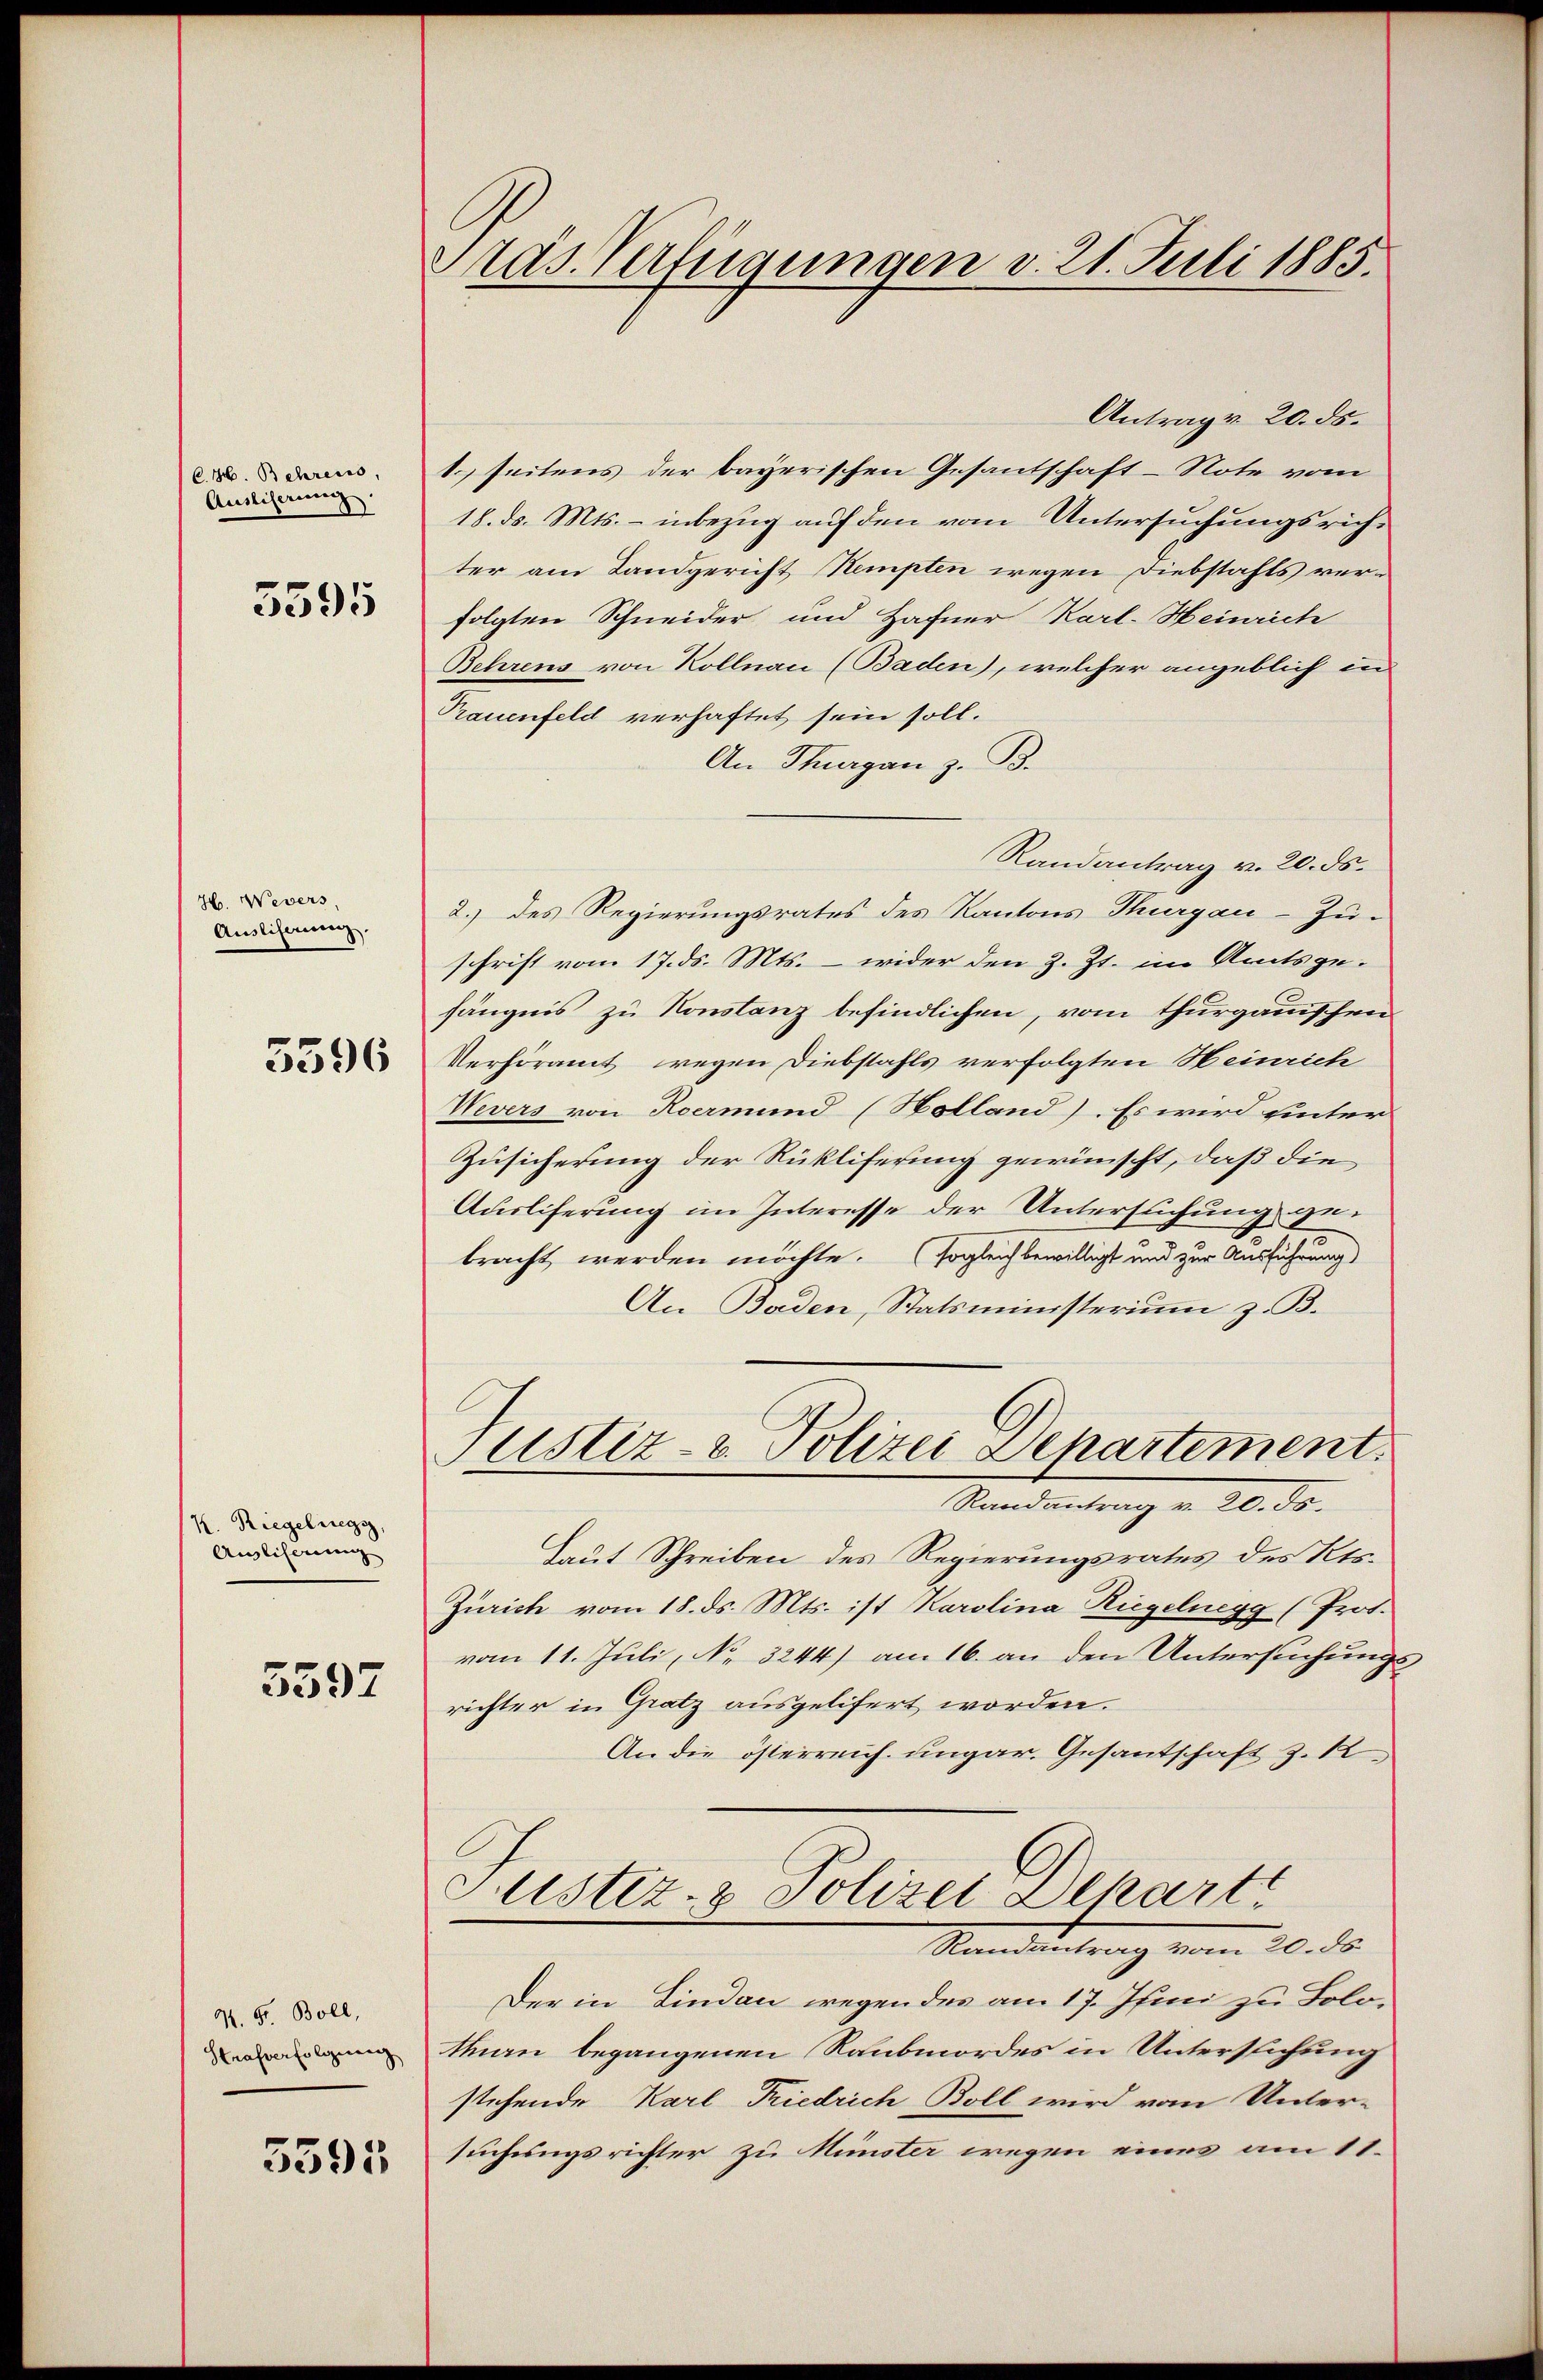
C.H. Behrens,
Auslierung
d

5595

H. Webers,
Ausliserung.

5396

k. Riegelregig,
Anglisau

5597

9. G. Boll,
Strafverfolgung

5395

Präs. Verfügungen v. 21. Juli 1885.

Antrag v. 20. ds.
1. seitens der bayerischen Gesantschaft-Note vom
18. ds. Mts. – inbezug auf den vom Untersuchungsrichter am Landgericht Stempten wegen Diebstahls verfolgten Schneider und Hafner Karl-Heinrich
Behrens von Kollnau (Baden), welcher angeblich in
Prauenfeld verhaftet sein soll.
An Thurgau z. B.
Randantrag v. 20. ds.
2.) des Regierungsrates des Kantons Thurgau-Zu-
schrift vom 17. ds. Mts. – wider den z. Zt. im Amtsge-
fängnis zu Konstanz befindlichen, vom thurganischen
Verhöramt wegen Diebstahls verfolgten Heinrich
Wevers von Roermund (Holland). Es wird hinter
Zusicherung der Rükliferung gewünscht, daß die
Ausliferung im Interesse der Untersuchung zubracht werden möchte. (sogleich bewilligt und zur Ausführung
An Baden, Statsministerium z. B.
Justiz- & Polizei Departement.
Randantrag v. 20. ds.
Laut Schreiben des Regierungsrates des Kts.
Zürich vom 18. ds. Mts. ist Karolina Riegelnegg (Prot.
vom 11. Juli, No. 3244) am 16. an den Untersuchungs-
richter in Gratz ausgelifert worden.
An die österreich ungar. Gesantschaft z. 1
Justiz- & Polizei Alkarte
Standentrag vom 20. ds.
Der in Lindau wegen des am 17. Juni zu Lolo-
than begangenen Raubmordes in Unterstichung
stehende Karl Friedrich Boll wird vom Unter-
suchungsrichter zu Münster wegen eines am 11.